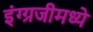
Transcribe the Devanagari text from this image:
इंग्ग्रजीमध्ये